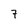
Character: 7